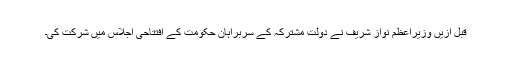
قبل ازیں وزیراعظم نواز شریف نے دولت مشترکہ کے سربراہان حکومت کے افتتاحی اجلاس میں شرکت کی۔